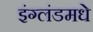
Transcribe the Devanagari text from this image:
इंग्लंडमधे